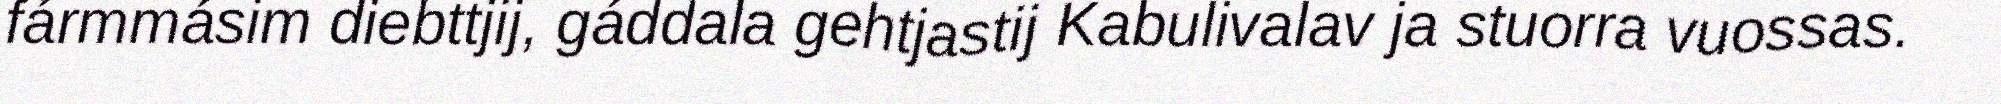
fármmásim diebttjij, gáddala gehtjastij Kabulivalav ja stuorra vuossas.